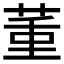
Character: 𦱦